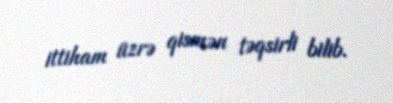
ittiham üzrə qismən təqsirli bilib.